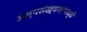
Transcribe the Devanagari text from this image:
अल्पसंख्यकांमध्ये